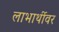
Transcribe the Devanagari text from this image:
लाभार्थीवर